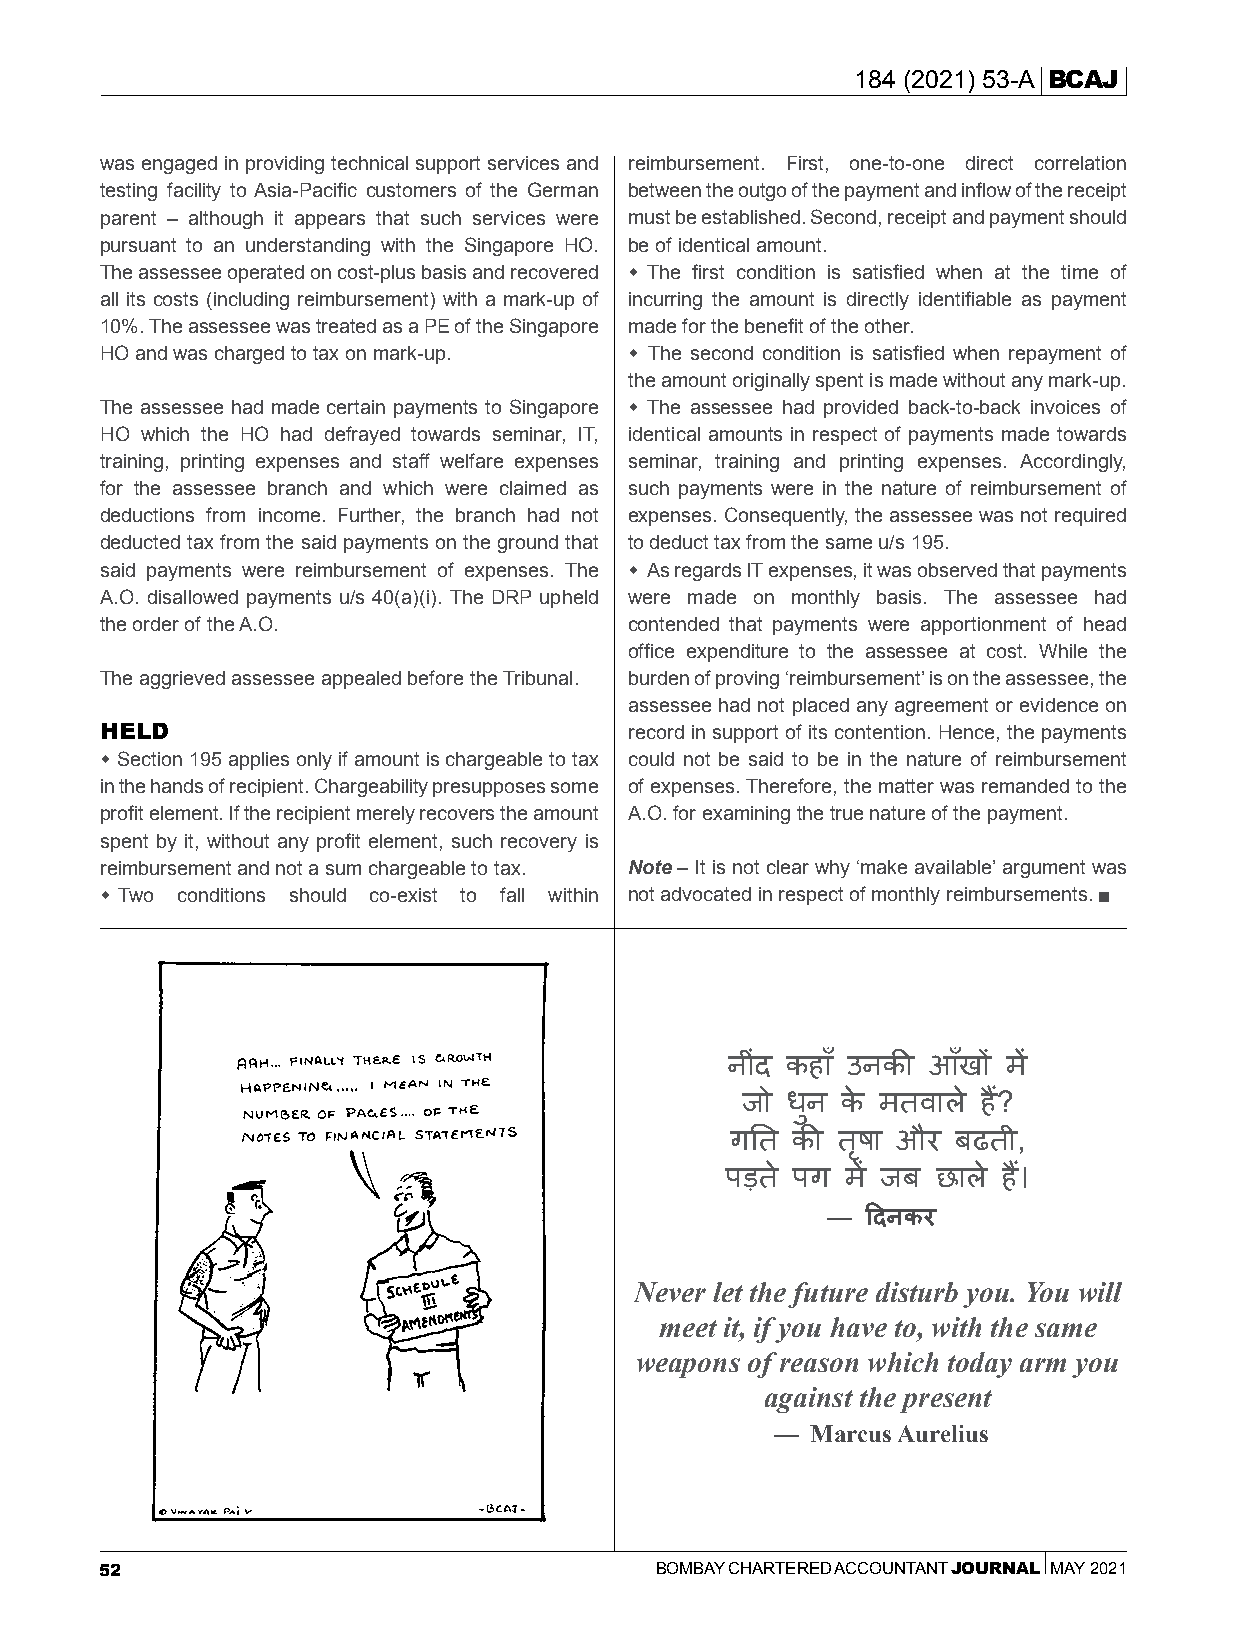
184 (2021) 53-A BCAJ
 was engaged in providing technical support services and reimbursement. First, one-to-one direct correlation
 testing facility to Asia-Pacific customers of the German between the outgo of the payment and inflow of the receipt
 parent – although it appears that such services were must be established. Second, receipt and payment should
 pursuant to an understanding with the Singapore HO. be of identical amount.
 The assessee operated on cost-plus basis and recovered  The first condition is satisfied when at the time of
 all its costs (including reimbursement) with a mark-up of incurring the amount is directly identifiable as payment
 10%. The assessee was treated as a PE of the Singapore made for the benefit of the other.
 HO and was charged to tax on mark-up.  The second condition is satisfied when repayment of
 the amount originally spent is made without any mark-up.
 The assessee had made certain payments to Singapore  The assessee had provided back-to-back invoices of
 HO which the HO had defrayed towards seminar, IT, identical amounts in respect of payments made towards
 training, printing expenses and staff welfare expenses seminar, training and printing expenses. Accordingly,
 for the assessee branch and which were claimed as such payments were in the nature of reimbursement of
 deductions from income. Further, the branch had not expenses. Consequently, the assessee was not required
 deducted tax from the said payments on the ground that to deduct tax from the same u/s 195.
 said payments were reimbursement of expenses. The  As regards IT expenses, it was observed that payments
 A.O. disallowed payments u/s 40(a)(i). The DRP upheld were made on monthly basis. The assessee had
 the order of the A.O.              contended that payments were apportionment of head
 office expenditure to the assessee at cost. While the
 The aggrieved assessee appealed before the Tribunal. burden of proving ‘reimbursement’ is on the assessee, the
 assessee had not placed any agreement or evidence on
 HELD                               record in support of its contention. Hence, the payments
  Section 195 applies only if amount is chargeable to tax could not be said to be in the nature of reimbursement
 in the hands of recipient. Chargeability presupposes some of expenses. Therefore, the matter was remanded to the
 profit element. If the recipient merely recovers the amount A.O. for examining the true nature of the payment.
 spent by it, without any profit element, such recovery is
 reimbursement and not a sum chargeable to tax. Note – It is not clear why ‘make available’ argument was
  Two conditions should co-exist to fall within not advocated in respect of monthly reimbursements.
 नीींद कहाँ उनकी आखँ ों में
 जो धुन के मतिाले हैं?
 गतत  की तषृ ा और बढती,
 पडत े पग में जब ्छाले हैं।
 — दिनकर
 Never let the future disturb you. You will
 meet it, if you have to, with the same
 weapons of reason which today arm you
 against the present
 —  Marcus Aurelius
 52                                  BOMBAY CHARTERED ACCOUNTANT JOURNAL MAY 2021